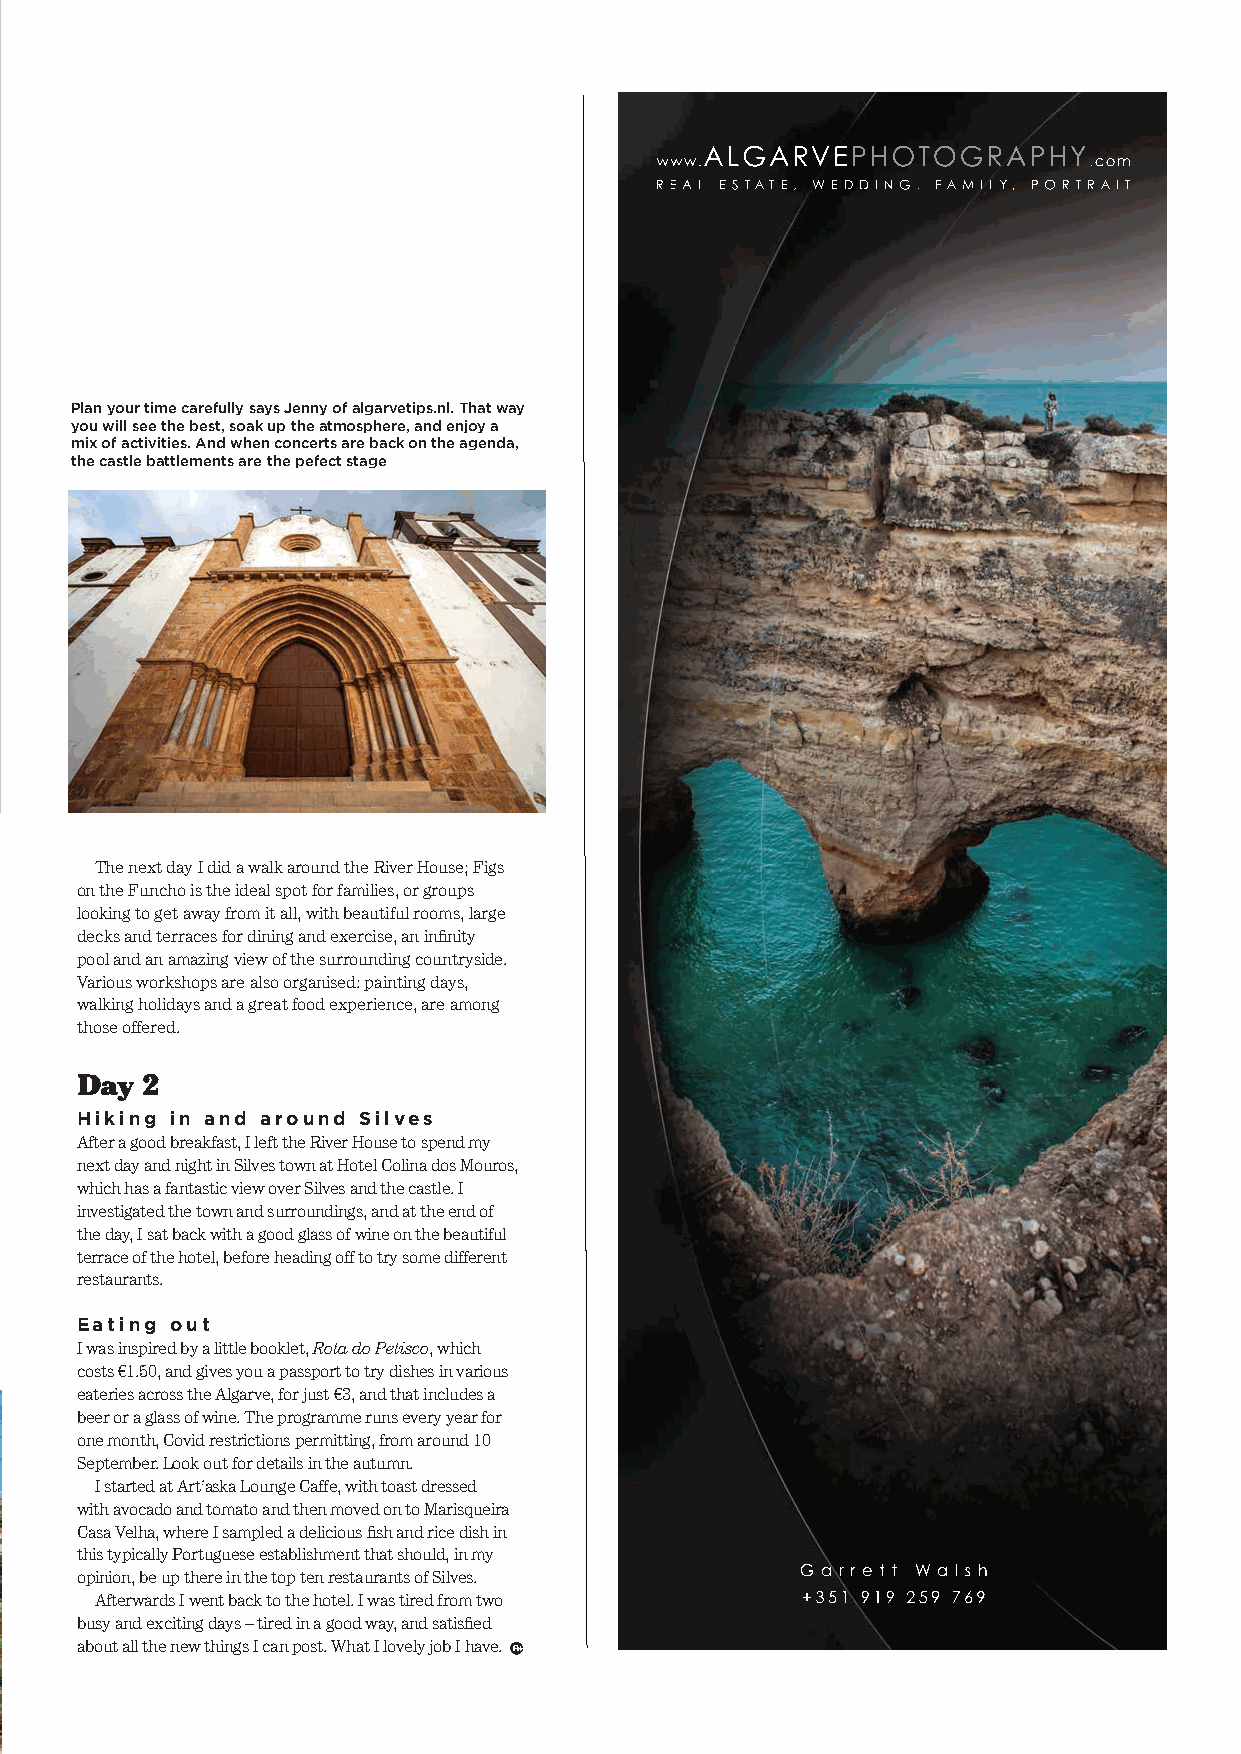
ALGARVEPHOTOGRAPHY
 www.                         .com
 REAL ESTATE, WEDDING, FAMILY, PORTRAIT
 Plan your time carefully says Jenny of algarvetips.nl. That way
 you will see the best, soak up the atmosphere, and enjoy a
 mix of activities. And when concerts are back on the agenda,
 the castle battlements are the pefect stage
 The next day I did a walk around the River House; Figs
 on the Funcho is the ideal spot for families, or groups
 looking to get away from it all, with beautiful rooms, large
 decks and terraces for dining and exercise, an infinity
 pool and an amazing view of the surrounding countryside.
 Various workshops are also organised: painting days,
 walking holidays and a great food experience, are among
 those offered.
 Day 2
 Hiking in and around Silves
 After a good breakfast, I left the River House to spend my
 next day and night in Silves town at Hotel Colina dos Mouros,
 which has a fantastic view over Silves and the castle. I
 investigated the town and surroundings, and at the end of
 the day, I sat back with a good glass of wine on the beautiful
 terrace of the hotel, before heading off to try some different
 restaurants.
 Eating out
 I was inspired by a little booklet, Rota do Petisco, which
 costs €1.50, and gives you a passport to try dishes in various
 eateries across the Algarve, for just €3, and that includes a
 beer or a glass of wine. The programme runs every year for
 one month, Covid restrictions permitting, from around 10
 September. Look out for details in the autumn.
 I started at Art’aska Lounge Caffe, with toast dressed
 with avocado and tomato and then moved on to Marisqueira
 Casa Velha, where I sampled a delicious fish and rice dish in
 this typically Portuguese establishment that should, in my
 opinion, be up there in the top ten restaurants of Silves. G a r r e t t Wa l s h
 Afterwards I went back to the hotel. I was tired from two +351 919 259 769
 busy and exciting days – tired in a good way, and satisfied
 about all the new things I can post. What I lovely job I have.